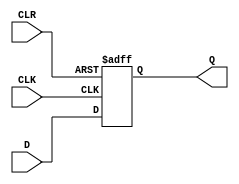
module d_ff_async_clear (
    input wire D,
    input wire CLK,
    input wire CLR,
    output reg Q
);

// Asynchronous clear logic
always @(posedge CLK or posedge CLR) begin
    if (CLR) begin
        Q <= 1'b0; // Clear the output to logic low state
    end else begin
        Q <= D; // Store data on D input when clock edge occurs
    end
end

endmodule